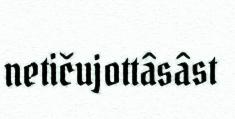
netičujottâsâst